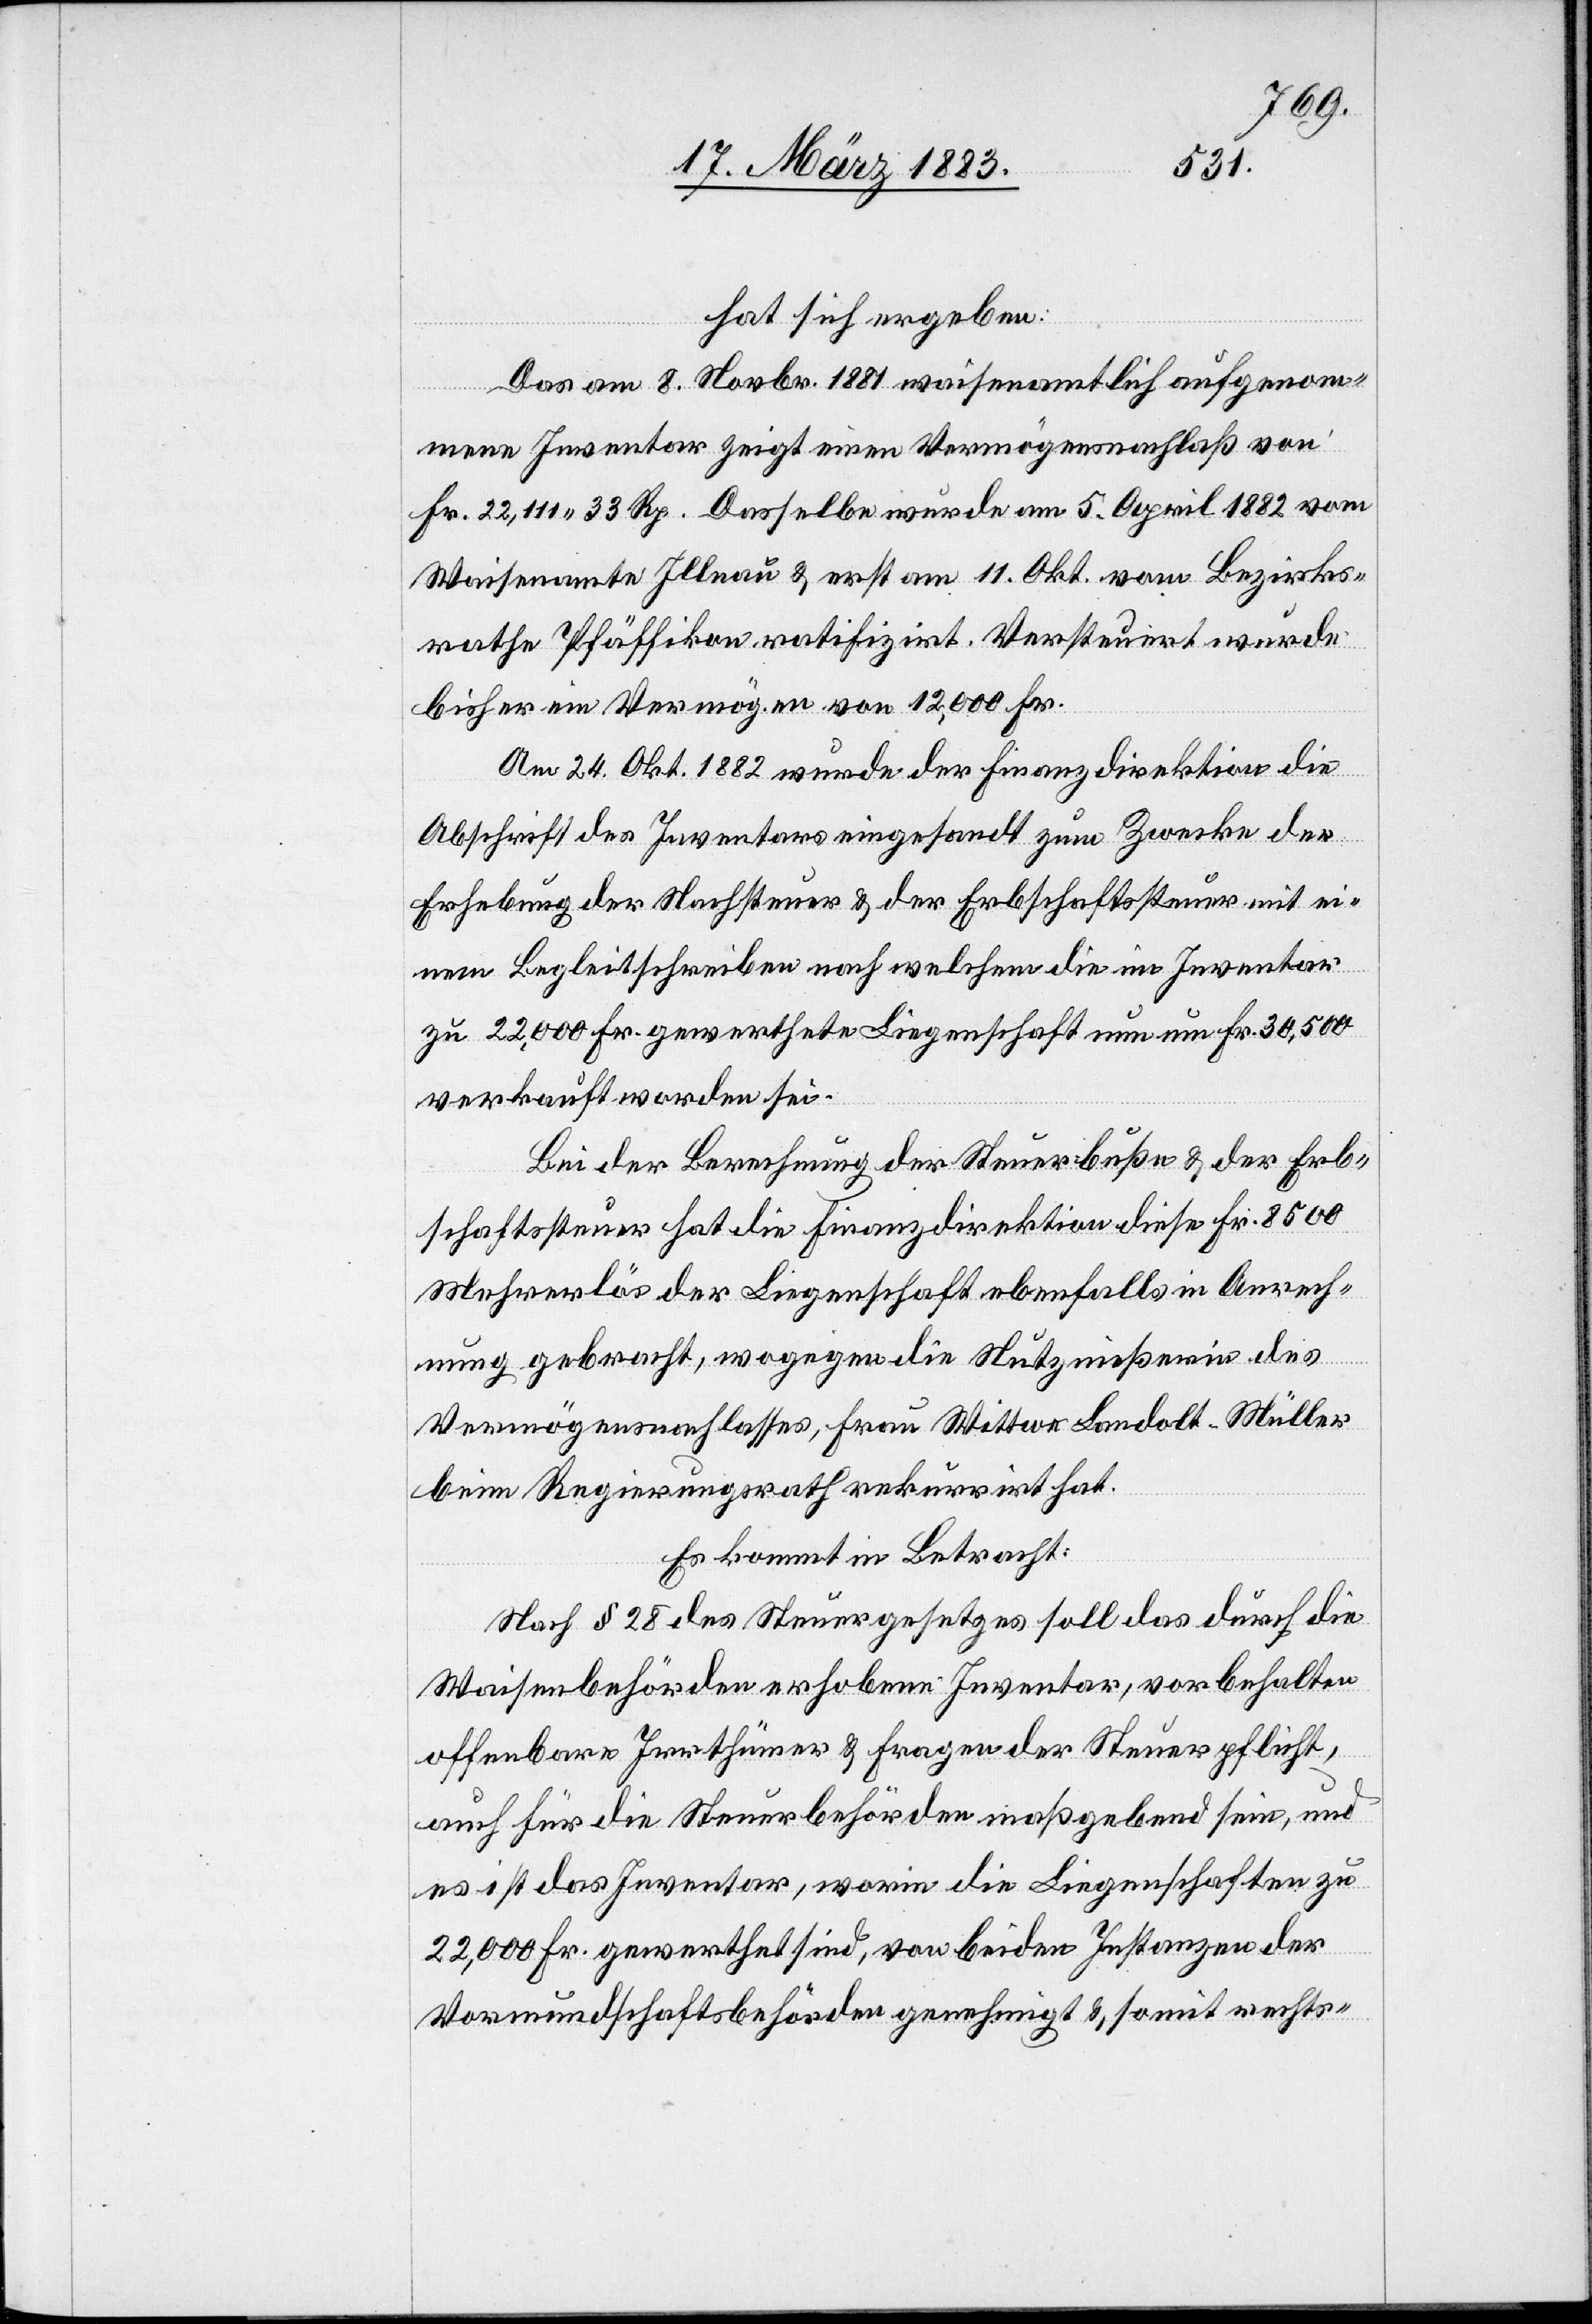
hat sich ergeben:
Das am 8. Novbr. 1881 waisenamtlich aufgenom¬
mene Inventar zeigt einen Vermögensnachlaß von
Fr. 22,111 33 Rp. Dasselbe wurde am 5. April 1882 vom
Waisenamte Illnau & erst am 11. Okt. vom Bezirks¬
rathe Pfäffikon ratifizirt. Versteuert wurde
bisher ein Vermögen von 12,000 Fr.
Am 24. Okt. 1882 wurde der Finanzdirektion die
Abschrift des Inventars eingesandt zum Zwecke der
Erhebung der Nachsteuer & der Erbschaftssteuer mit ei¬
nem Begleitschreiben nach welchem die im Inventar
zu 22,000 Fr. gewerthete Liegenschaft nun um Fr. 30,500
verkauft worden sei.
Bei der Berechnung der Steuerbuße & der Erb¬
schaftssteuer hat die Finanzdirektion diese Fr. 8500
Mehrerlös der Liegenschaft ebenfalls in Anrech¬
nung gebracht, wogegen die Nutznießerin des
Vermögensnachlasses, Frau Wittwe Landolt-Müller
beim Regierungsrath rekurrirt hat.
Es kommt in Betracht:
Nach § 28 des Steuergesetzes soll das durch die
Waisenbehörden erhobene Inventar, vorbehalten
offenbare Irrthümer & Fragen der Steuerpflicht,
auch für die Steuerbehörden maßgebend sein, und
es ist das Inventar, worin die Liegenschaften zu
22,000 Fr. gewerthet sind, von beiden Instanzen der
Vormundschaftsbehörden genehmigt & somit rechts-